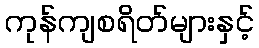
ကုန်ကျစရိတ်များနှင့်